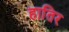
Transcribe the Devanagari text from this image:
हातिर